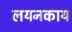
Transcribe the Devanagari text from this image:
लयनकाय